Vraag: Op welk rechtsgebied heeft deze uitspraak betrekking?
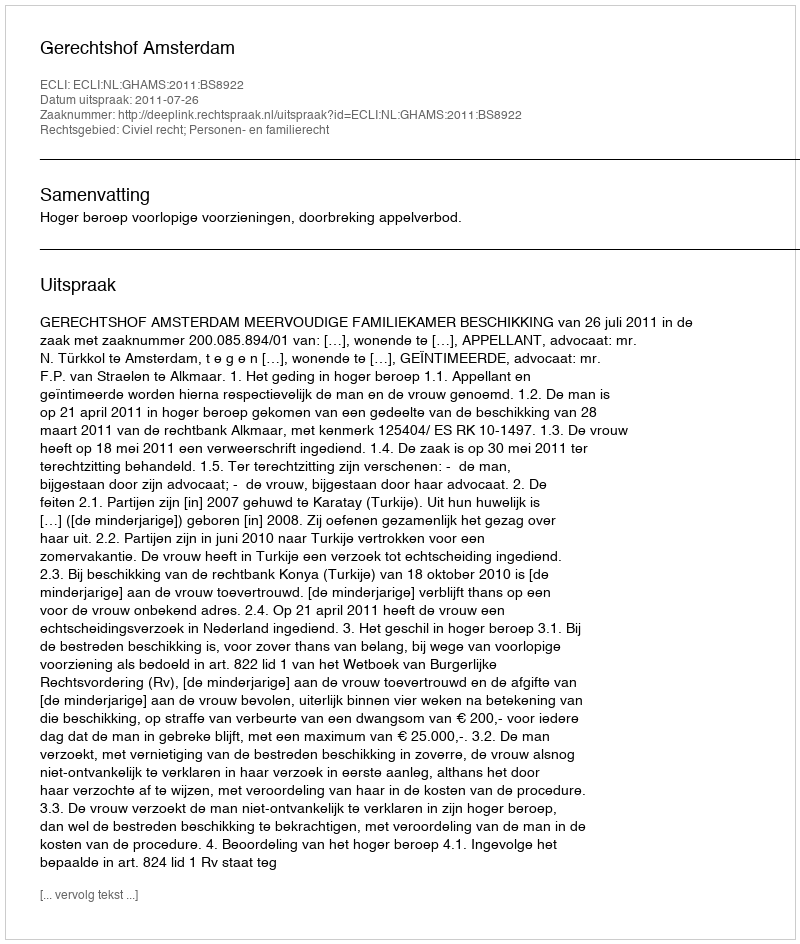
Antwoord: Civiel recht; Personen- en familierecht